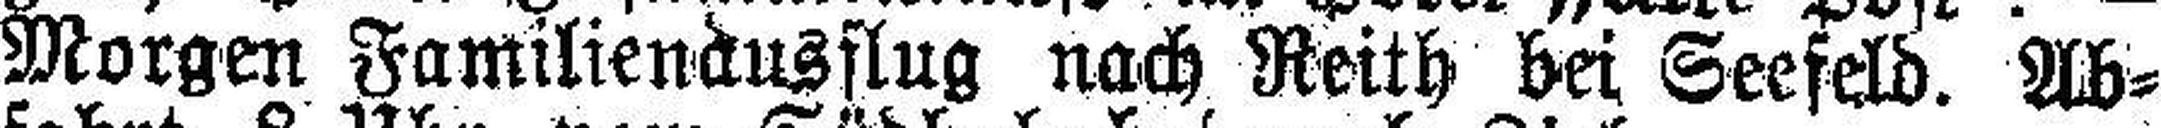
Morgen Familienausflug nach Reith bei Seefeld. Ab¬